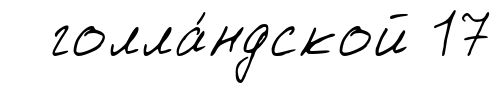
голла́ндской 17